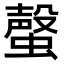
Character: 𧐡